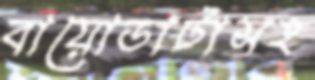
বায়োডাটাসহ